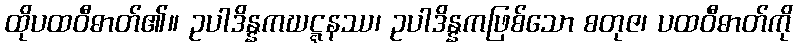
ထိုပထဝီဓာတ်၏။ ဥပါဒိန္နကဃဋ္ဋနဿ၊ ဥပါဒိန္နကဖြစ်သော စတုဇ၊ ပထဝီဓာတ်ကို